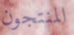
المنتجون